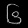
Digit: ၆